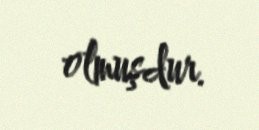
olmuşdur.